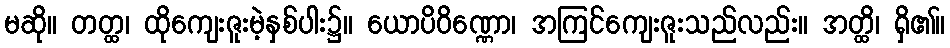
မဆို။ တတ္ထ၊ ထိုကျေးဇူးမဲ့နှစ်ပါး၌။ ယောပိဝိဏ္ဏော၊ အကြင်ကျေးဇူးသည်လည်း။ အတ္ထိ၊ ရှိ၏။